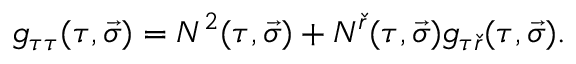
g _ { \tau \tau } ( \tau , \vec { \sigma } ) = N ^ { 2 } ( \tau , \vec { \sigma } ) + N ^ { \check { r } } ( \tau , \vec { \sigma } ) g _ { \tau \check { r } } ( \tau , \vec { \sigma } ) .